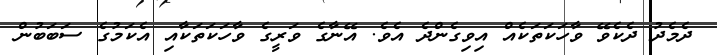
ދެމެދު ދެކެވޭ ވާހަކަތަކެއް އިވިގެންދެ އެވެ. އޭނާގެ ވަރީގެ ވާހަކަތަކާއި އެކަމުގެ ސަބަބުން